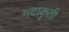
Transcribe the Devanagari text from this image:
गदाकृती